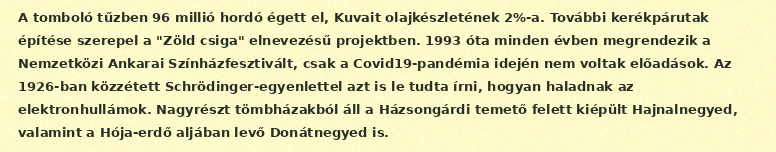
A tomboló tűzben 96 millió hordó égett el, Kuvait olajkészletének 2%-a. További kerékpárutak építése szerepel a "Zöld csiga" elnevezésű projektben. 1993 óta minden évben megrendezik a Nemzetközi Ankarai Színházfesztivált, csak a Covid19-pandémia idején nem voltak előadások. Az 1926-ban közzétett Schrödinger-egyenlettel azt is le tudta írni, hogyan haladnak az elektronhullámok. Nagyrészt tömbházakból áll a Házsongárdi temető felett kiépült Hajnalnegyed, valamint a Hója-erdő aljában levő Donátnegyed is.